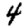
Digit: 4